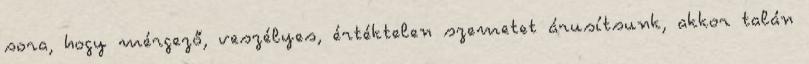
sora, hogy mérgező, veszélyes, értéktelen szemetet árusítsunk, akkor talán